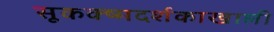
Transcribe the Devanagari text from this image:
सूकक्ष्मदर्शकाखाली